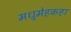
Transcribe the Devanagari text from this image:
मधुमेहकहा